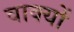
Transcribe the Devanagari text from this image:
वाक्‍यों